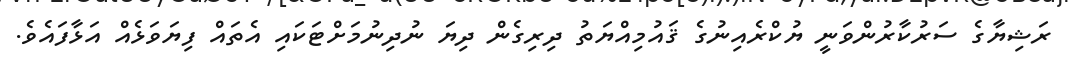
ރަޝިޔާގެ ސަރުކާރުންވަނީ ޔުކްރެއިނުގެ ޤައުމިއްޔަތު ދިރިގެން ދިޔަ ނުދިނުމަށްޓަކައި އެތައް ފިޔަވަޅެއް އަޅާފައެވެ.